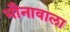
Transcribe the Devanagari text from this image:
भौनावाला